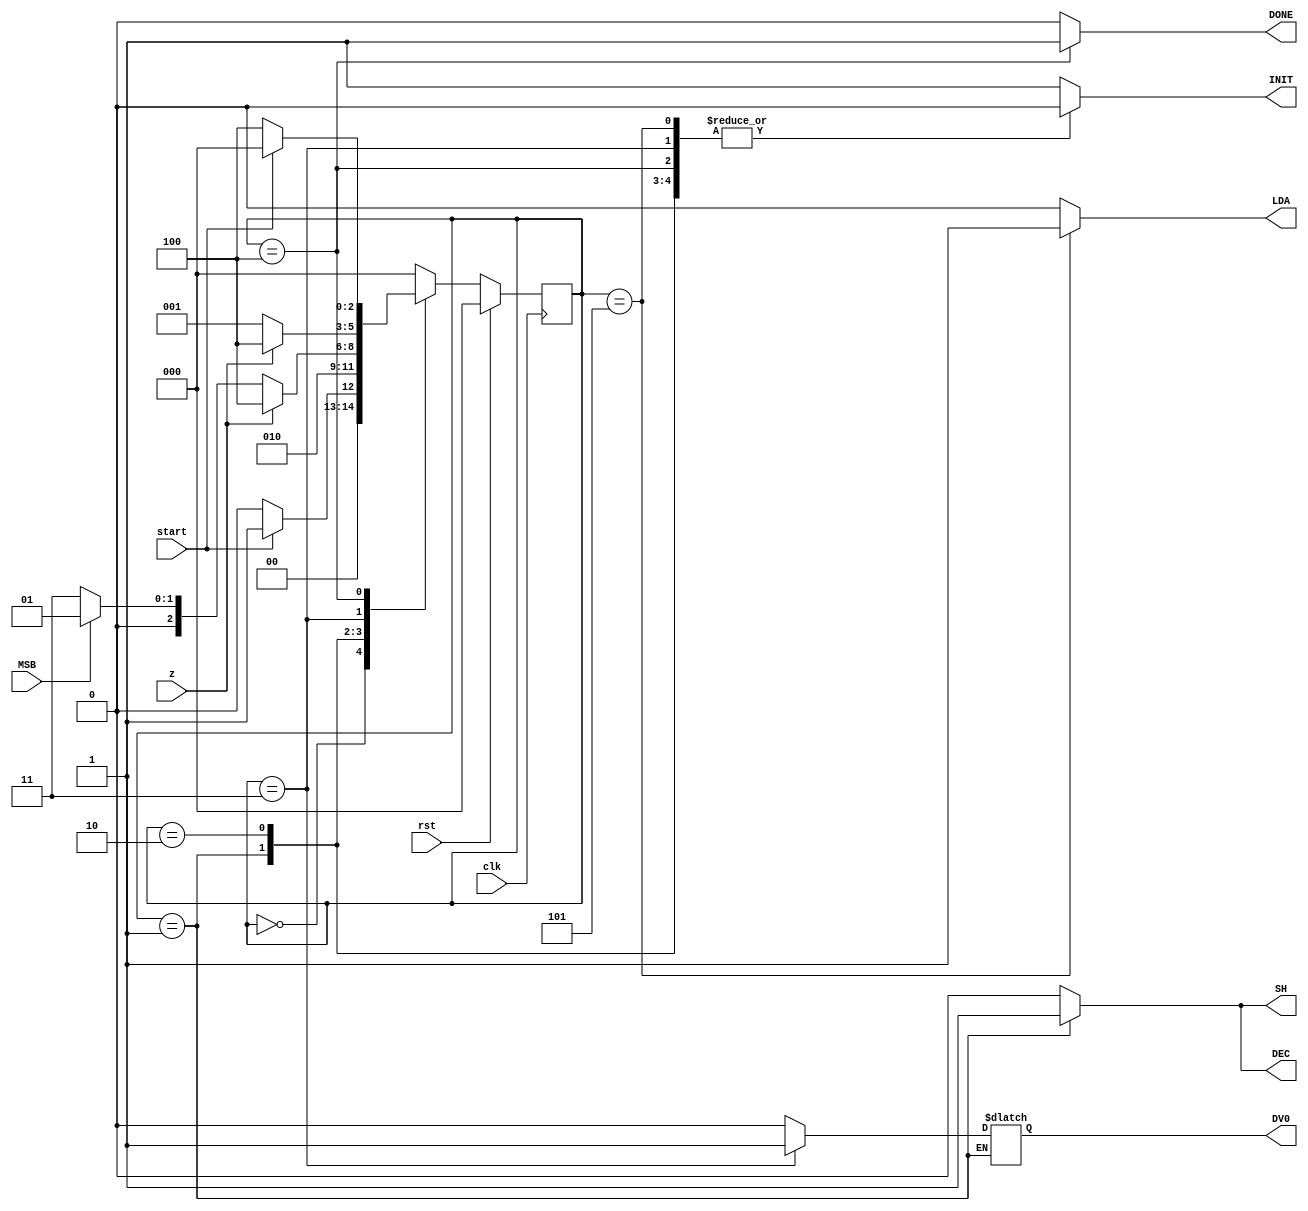
module control_div( clk , rst , start , MSB , z , INIT , SH , DEC , LDA , DONE, DV0  );


 input clk;
 input rst;
 input start;
 input MSB;
 input z;

 output reg INIT;
 output reg DV0;
 output reg SH;
 output reg DEC;
 output reg LDA;
 output reg DONE;


 parameter START  = 3'b000;
 parameter SHIFT_DEC  = 3'b001;
 parameter CHECK  = 3'b010;
 parameter ADD  = 3'b011;
 parameter LOAD  = 3'b101; //agregado
 parameter END1  = 3'b100;
 
 reg [2:0] state;
 
 initial begin
  INIT=1;
  DV0=0;
  SH=0;
  DEC=0;
  LDA=0;
  DONE=0;
 end

reg [3:0] count;

always @(posedge clk) begin
    if (rst) begin
      state = START;
    end else begin
    case(state)

     START: begin
      if(start)
        state = SHIFT_DEC;
      else
        state = START;
	end

     SHIFT_DEC:
        state = CHECK;

     CHECK: 
      if(z)
        state = END1;
      else begin 
	if (MSB==0)
          state = ADD;
	else
          state = SHIFT_DEC;
      end

     ADD: 
      if(z)
        state = END1;
      else
        state = SHIFT_DEC;

     END1:begin
      if(start)
        state = START;
      else
        state = END1;
	end

     default: state = START;
     
   endcase
   end
 end

always @(state) begin
  case(state)
    START:begin
	INIT=1;
	DV0=0;
	SH=0;
	DEC=0;
	LDA=0;
	DONE=0;
       end
     SHIFT_DEC:begin
	INIT=0;
	DV0=DV0;
	SH=1;
	DEC=1;
	LDA=0;
	DONE=0;
       end
     CHECK:begin
	INIT=0;
	DV0=0;
	SH=0;
	DEC=0;
	LDA=0;
	DONE=0;
       end
     ADD:begin
	INIT=0;
	DV0=1; // primero suma
	SH=0;
	DEC=0;
	LDA=0;
	DONE=0;
       end
     LOAD:begin
	INIT=0;
	DV0=0;
	SH=0;
	DEC=0;
	LDA=1; // ahora carga el resultado
	DONE=0;
       end
     END1:begin
	INIT=0;
	DV0=0;
	SH=0;
	DEC=0;
	LDA=0;
	DONE=1;
       end
     default:begin
	INIT=1;
	DV0=0;
	SH=0;
	DEC=0;
	LDA=0;
	DONE=0;
       end
  endcase
end

endmodule